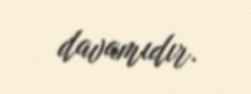
davamıdır.